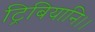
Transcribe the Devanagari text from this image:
ट्रिबियानि।।